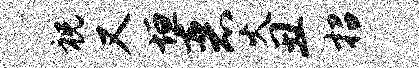
祝又垣恶火丑招